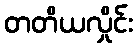
တတိယလှိုင်း